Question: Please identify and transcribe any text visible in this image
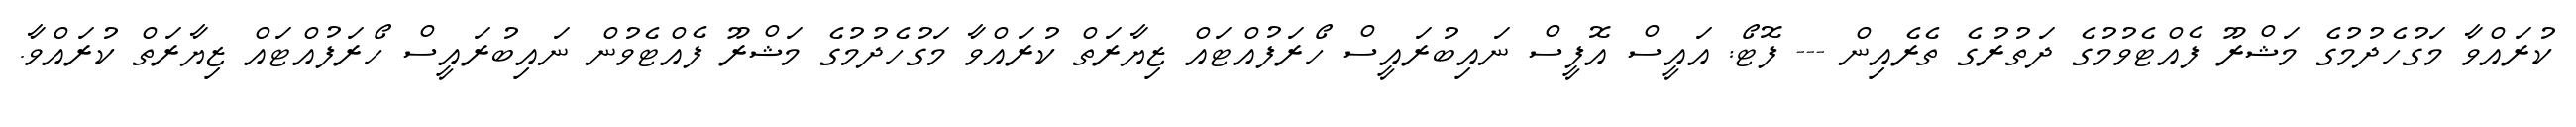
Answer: ކުރައްވާ މަގުހެދުމުގެ މަޝްރޫ ފެއްޓެވުމުގެ ދަތުރުގެ ތެރެއިން --- ފޮޓޯ: އައީސް އޮފީސް ނައިބުރައީސް ހޯރަފުއްޓައް ޒިޔާރަތް ކުރައްވާ މަގުހެދުމުގެ މަޝްރޫ ފެއްޓެވުން ނައިބުރައީސް ހޯރަފުއްޓައް ޒިޔާރަތް ކުރައްވާ.